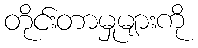
တိုင်းတာမှုများကို